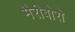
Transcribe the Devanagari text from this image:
मैरीबोरो